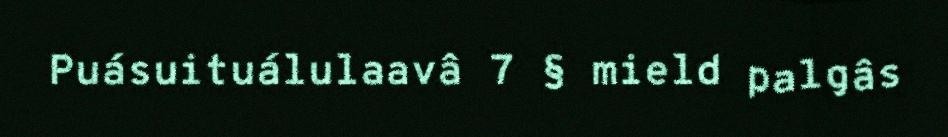
Puásuituálulaavâ 7 § mield palgâs